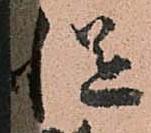
慥